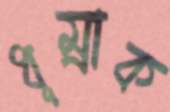
ধূম্রাক